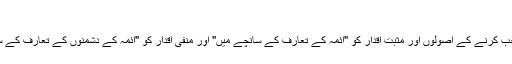
]
مثبت اور منفی اقدار کی تشریح: زیارت ناموں کے ضمن میں صحیح اور ضروری راستہ منتخب کرنے کے اصولوں اور مثبت اقدار کو "ائمہ کے تعارف کے سانچے میں" اور منفی اقدار کو "ائمہ کے دشمنوں کے تعارف کے سانچے میں" بیان کیا جاتا ہے تا کہ صحیح راستے کو باطل راستے سے تشخیص دی جاسکے۔